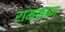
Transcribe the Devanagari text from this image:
रामक्रष्ण